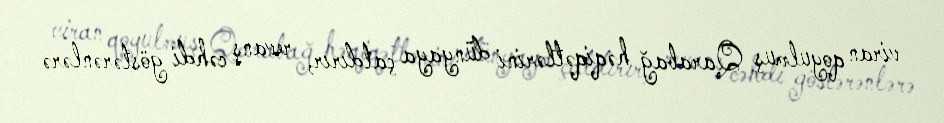
viran qoyulmuş Qarabağ həqiqətlərini dünyaya çatdırır, revanş cəhdi göstərənlərə